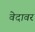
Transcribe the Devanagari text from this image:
वेदावर